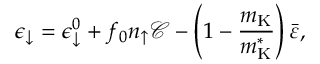
\epsilon _ { \downarrow } = \epsilon _ { \downarrow } ^ { 0 } + f _ { 0 } n _ { \uparrow } \mathcal { C } - \left( 1 - \frac { m _ { \mathrm { K } } } { m _ { \mathrm { K } } ^ { * } } \right) \bar { \varepsilon } ,